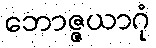
ဘောဇ္ဇယာဂုံ